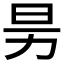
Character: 𰅊